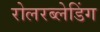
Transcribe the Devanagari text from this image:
रोलरब्लेडिंग